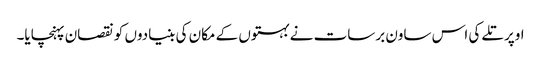
اوپر تلے کی اس ساون برسات نے بہتوں کے مکان کی بنیادوں کو نقصان پہنچایا۔